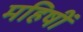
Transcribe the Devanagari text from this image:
महिषीं